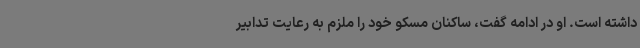
داشته است. او در ادامه گفت، ساکنان مسکو خود را ملزم به رعایت تدابیر